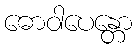
ဓောဝါပေန္တော